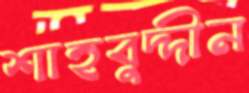
শাহবুদ্দীন